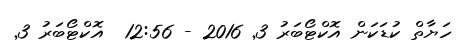
ހަޔާތް ކުޑަކަން އޮކްޓޯބަރު 3